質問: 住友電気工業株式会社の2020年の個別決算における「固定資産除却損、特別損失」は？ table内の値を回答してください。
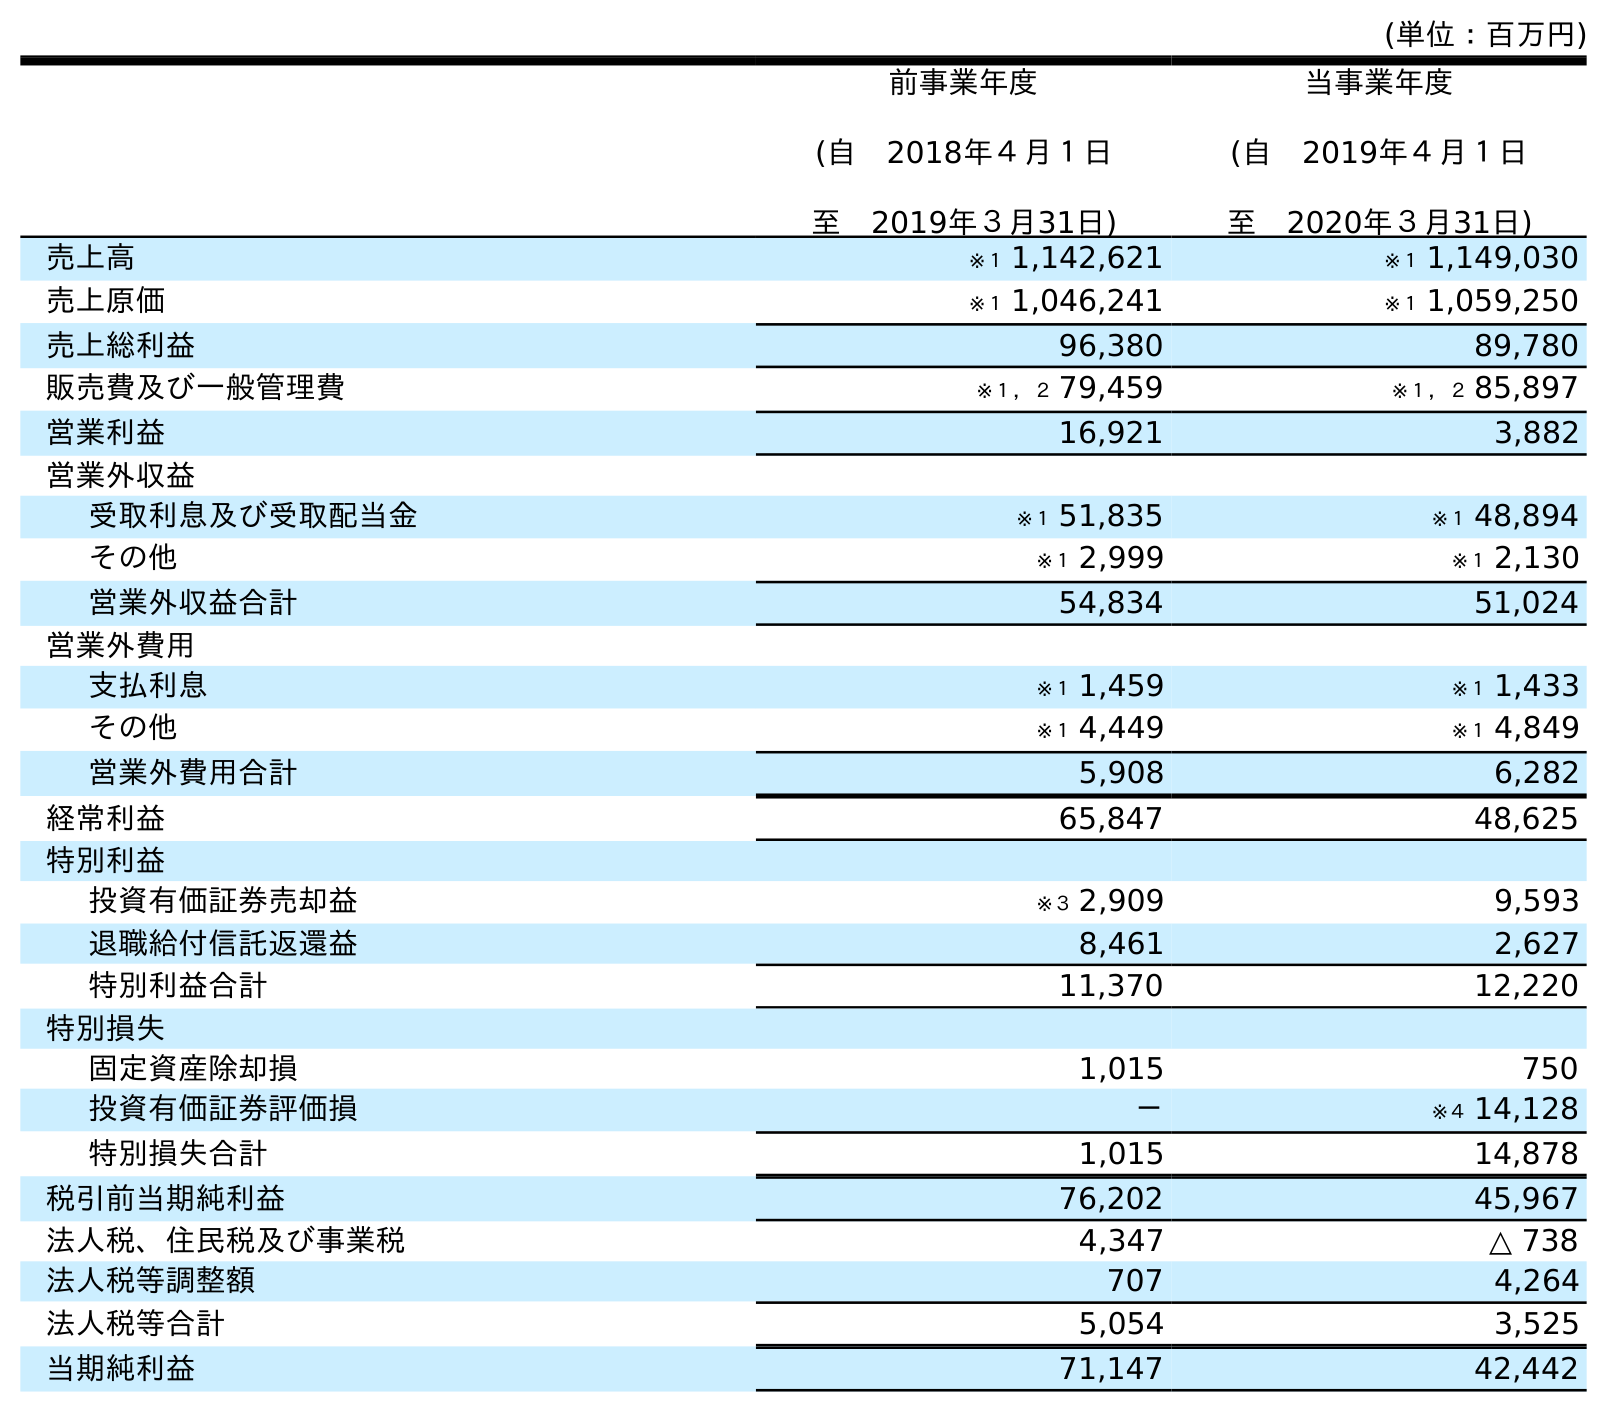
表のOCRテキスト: (単位：百万円) 前事業年度 (自 2018年４月１日 至 2019年３月31日) 当事業年度 (自 2019年４月１日 至 2020年３月31日) 売上高 ※１ 1,142,621 ※１ 1,149,030 売上原価 ※１ 1,046,241 ※１ 1,059,250 売上総利益 96,380 89,780 販売費及び一般管理費 ※１，２ 79,459 ※１，２ 85,897 営業利益 16,921 3,882 営業外収益 受取利息及び受取配当金 ※１ 51,835 ※１ 48,894 その他 ※１ 2,999 ※１ 2,130 営業外収益合計 54,834 51,024 営業外費用 支払利息 ※１ 1,459 ※１ 1,433 その他 ※１ 4,449 ※１ 4,849 営業外費用合計 5,908 6,282 経常利益 65,847 48,625 特別利益 投資有価証券売却益 ※３ 2,909 9,593 退職給付信託返還益 8,461 2,627 特別利益合計 11,370 12,220 特別損失 固定資産除却損 1,015 750 投資有価証券評価損 － ※４ 14,128 特別損失合計 1,015 14,878 税引前当期純利益 76,202 45,967 法人税、住民税及び事業税 4,347 △ 738 法人税等調整額 707 4,264 法人税等合計 5,054 3,525 当期純利益 71,147 42,442
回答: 750